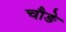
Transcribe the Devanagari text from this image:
चौङे